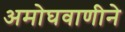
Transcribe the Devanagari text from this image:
अमोघवाणीने